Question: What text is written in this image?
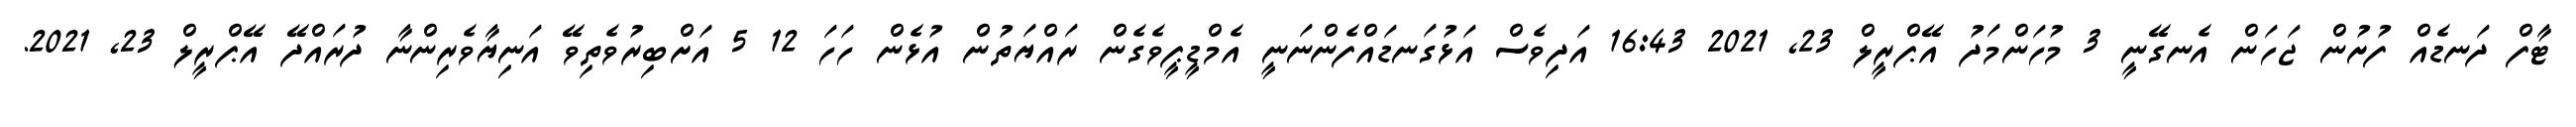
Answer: ޓާފް ދަނޑެއް ފުށުން ޖަހަން އެނގޭނީ 3 މުހަންމަދު އޭޕްރީލް 23, 2021 16:43 އަދިވެސް އަޅުގަނޑައްފެންނަނީ އެމްޑީޕީވެގެން ރައްޔަތުން އުޅެން ހަހަ 12 5 އަށްބިރުވެތިވޭ އަނިޔާވެރިންނާ ދުރައްދޭ އޭޕްރީލް 23, 2021.